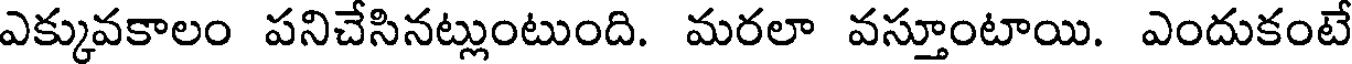
ఎక్కువకాలం పనిచేసినట్లుంటుంది. మరలా వస్తూంటాయి. ఎందుకంటే